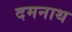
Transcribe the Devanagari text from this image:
दमनाथ